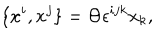
\{ x ^ { i } , x ^ { j } \} = \Theta \epsilon ^ { i j k } x _ { k } ,